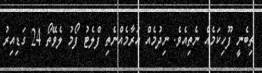
ތިބެނީ ފޫހިކަމެއް ނެތިއެވެ. ނިދުމެއް އަރާމެއްނެތި ފްލެޓު ފޯމު ލެވޭތޯ 24 ގަޑިއިރު